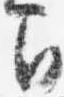
間